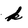
Character: k